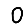
Digit: 0